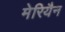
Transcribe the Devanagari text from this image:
मेरियैन